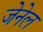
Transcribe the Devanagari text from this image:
जेनेल